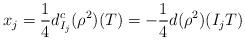
LaTeX: \begin{align*}x_j=\frac{1}{4}d^c_{I_j}(\rho^2)(T) = -\frac{1}{4}d(\rho^2)(I_jT)\end{align*}